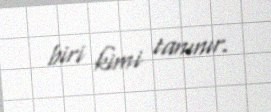
biri kimi tanınır.